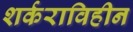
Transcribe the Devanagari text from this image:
शर्कराविहीन